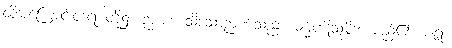
ထိုအကြောင်းတရားတို့၌။ ဉာဏံ၊ သိသောဉာဏ်သည်။ ဓမ္မပဋိသမ္ဘိဒါ၊ မည်၏။ ဇရာ